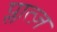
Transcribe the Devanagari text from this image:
प्लात्ज़